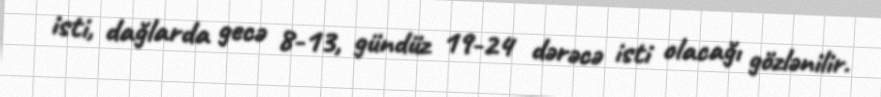
isti, dağlarda gecə 8-13, gündüz 19-24 dərəcə isti olacağı gözlənilir.